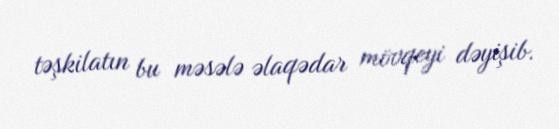
təşkilatın bu məsələ əlaqədar mövqeyi dəyişib.